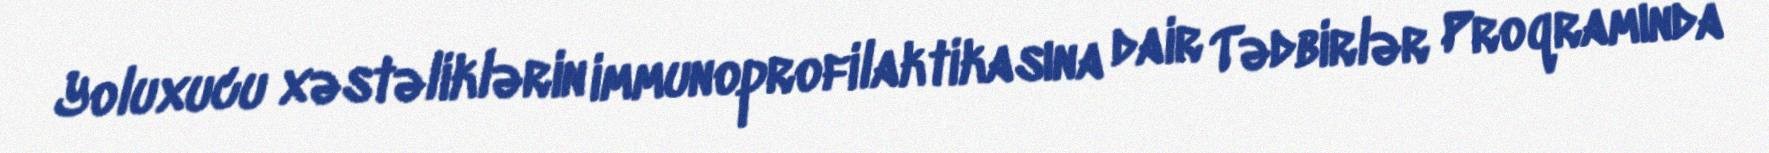
Yoluxucu xəstəliklərin immunoprofilaktikasına dair Tədbirlər Proqramında